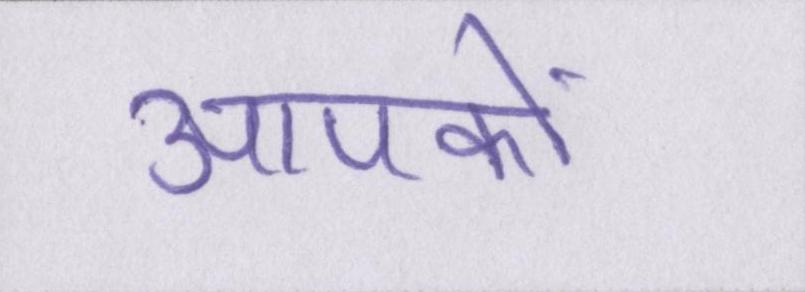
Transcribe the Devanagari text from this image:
आपकों